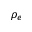
\rho _ { e }